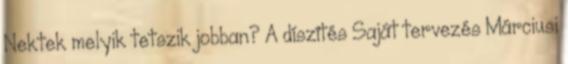
Nektek melyik tetszik jobban? A díszítés Saját tervezés Márciusi